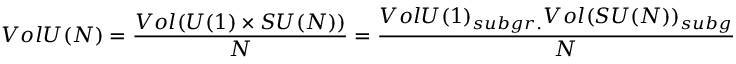
V o l U ( N ) = \frac { V o l ( U ( 1 ) \times S U ( N ) ) } { N } = \frac { V o l U ( 1 ) _ { s u b g r . } V o l ( S U ( N ) ) _ { s u b g r . } } { N } .